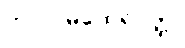
ကာလမထေရ်ဝတ္ထု